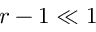
r - 1 \ll 1